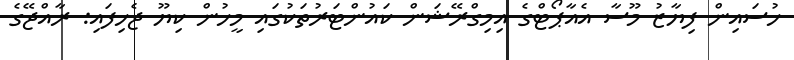
ހުސައިން ފިޔާޒު މޫސާ އެއާޕޯޓްގެ އިމިގްރޭޝަން ކައުންޓަރުތަކުގައި މީހުން ކިޔޫ ޖެހިފައި: ރާއްޖޭގެ